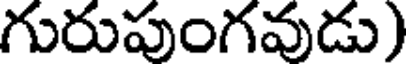
గురుపుంగవుడు)